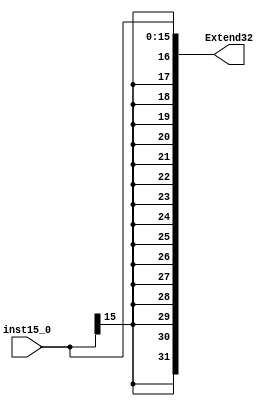
module SignExtend (	
  input wire [15:0] inst15_0,
	output reg [31:0] Extend32);

always @(*) 
  begin
    // Extend32[31:0]<= inst15_0[15:0];
		Extend32<= { {16{inst15_0[15]} } , inst15_0 };
	end
	
endmodule